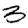
Digit: 3